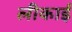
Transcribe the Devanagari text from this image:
लीकाई